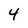
Character: 4